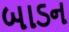
બાડન